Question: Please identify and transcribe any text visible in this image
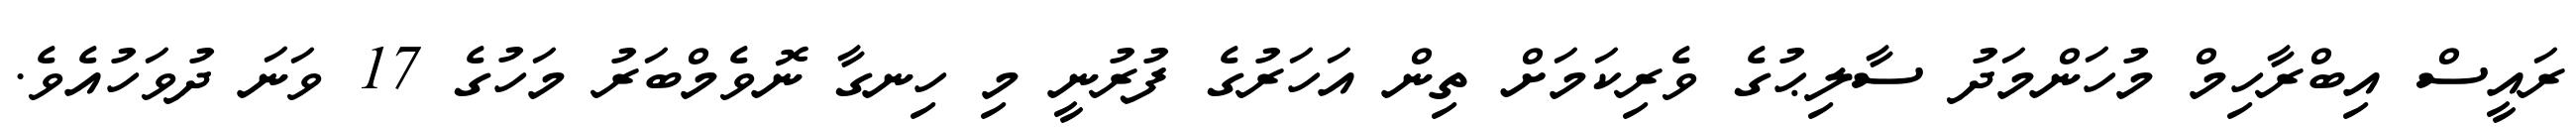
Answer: ރައީސް އިބްރާހިމް މުހަންމަދު ސާލިޙުގެ ވެރިކަމަށް ތިން އަހަރުގެ ފުރުނީ މި ހިނގާ ނޮވެމްބަރު މަހުގެ 17 ވަނަ ދުވަހުއެވެ.